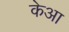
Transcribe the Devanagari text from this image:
केआ